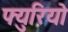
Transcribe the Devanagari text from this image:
फ्युरियो